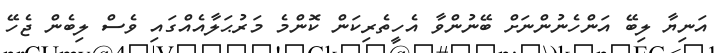
އަނިޔާ ލިބޭ އަންހެނުންނަށް ބޭނުންވާ އެހީތެރިކަން ކޮންމެ މަރުޙަލާއެއްގައި ވެސް ލިބެން ޖެހޭ